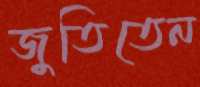
জুতিতেন